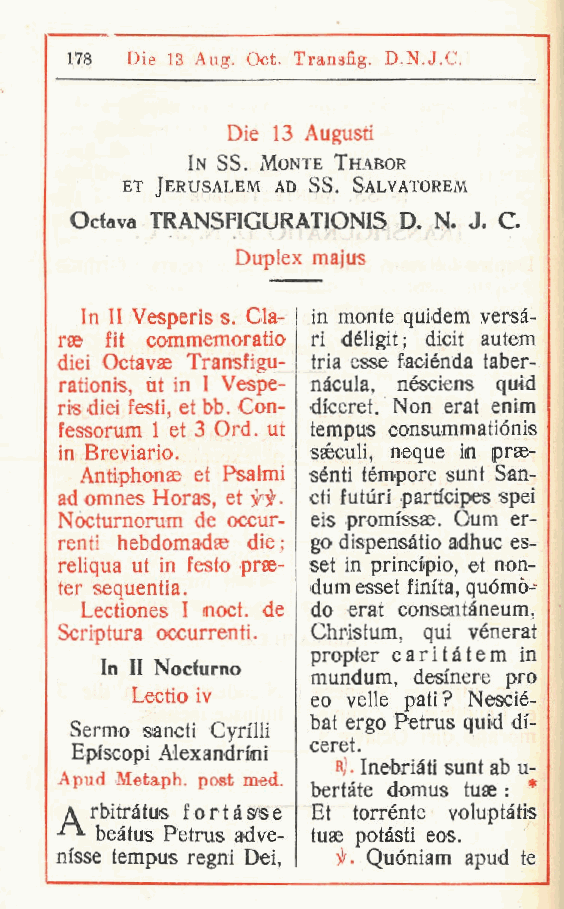
178 Die 13 Aug. Oct. Transfig. D.N.J.C.
 Die 13 Augusti
 In SS. Monte Thabor
 ET JERUSALEM AD SS. SALVATOREM
 Ocfava TRANSFIGURATIONIS D. N. J. C
 Duplex majus
 In II Vesperis s. Cla- in monte quidem versa-
 rae fit commemoratio ri déligit; dicit autem
 dici Octavae Transfigu- tri a esse faciénda taber-
 rationis, ùt in I Vespe- nàcula, nésciens quid
 ris dici festi, et bb. Con- diceret. Non erat enim
 fessorum 1 et 3 Ord. ut tempus consummatiónis
 in Breviario.    sséculi, neque in prae-
 Antiphonse et Psalmi sénti tempore sunt San-
 ad omnes Horas, et fUr. cti futuri participes spei
 Nocturnorum de occor- eis promissae. Cum er-
 renti hebdomadae die ; go dispensàtio adhuc es-
 reliqua ut in festo prae- set in principio, et non-
 ter sequentia.  dum esset finita, quómò-
 Lectiones I noct. de do erat consentàneum,
 Scriptura occurrenti. Christum, qui vénerat
 propter caritàtem in
 In II Nocfurno
 mundum, desinere prò
 Lectio iv   eo velie pati? Nescié-
 bat ergo Petrus quid di-
 Sermo sancti Cyrilli
 Episcopi Alexandrmi ceret.
 Rj. Inebriati sunt ab u-
 Apud Metaph. post med
 . bertàte domus tuse : *
 A rbitràtus f or tasse Et torrènte voluptàtis
 beàtus Petrus adve- tuse potasti eos.
 m'sse tempus regni Dei Hf. Quóniam apud te
 ,